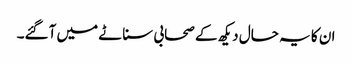
ان کا یہ حال دیکھ کے صحابی سناٹے میں آگئے۔